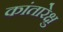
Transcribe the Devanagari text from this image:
कांतारेक्षु